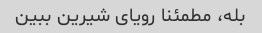
بله، مطمئنا رویای شیرین ببین